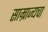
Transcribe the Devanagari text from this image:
साम्राज्यचा